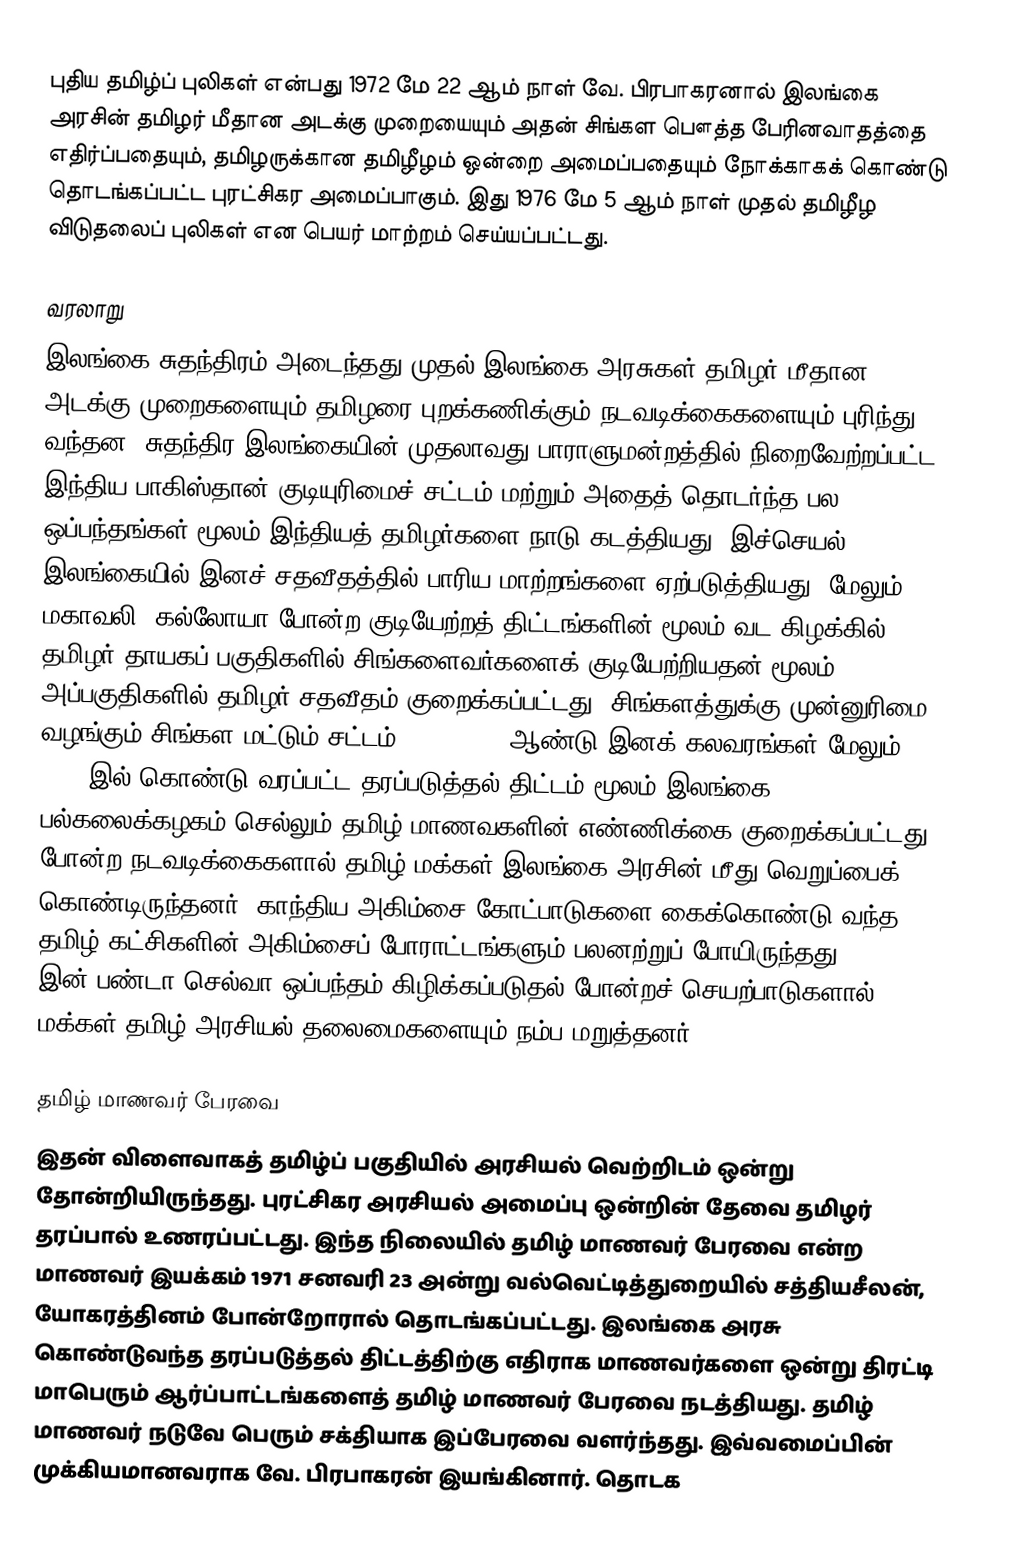
புதிய தமிழ்ப் புலிகள் என்பது 1972 மே 22 ஆம் நாள் வே. பிரபாகரனால் இலங்கை அரசின் தமிழர் மீதான அடக்கு முறையையும் அதன் சிங்கள பௌத்த பேரினவாதத்தை எதிர்ப்பதையும், தமிழருக்கான தமிழீழம் ஒன்றை அமைப்பதையும் நோக்காகக் கொண்டு தொடங்கப்பட்ட புரட்சிகர அமைப்பாகும். இது 1976 மே 5 ஆம் நாள் முதல் தமிழீழ விடுதலைப் புலிகள் என பெயர் மாற்றம் செய்யப்பட்டது.

வரலாறு
இலங்கை சுதந்திரம் அடைந்தது முதல் இலங்கை அரசுகள் தமிழர் மீதான அடக்கு முறைகளையும் தமிழரை புறக்கணிக்கும் நடவடிக்கைகளையும் புரிந்து வந்தன. சுதந்திர இலங்கையின் முதலாவது பாராளுமன்றத்தில் நிறைவேற்றப்பட்ட இந்திய பாகிஸ்தான் குடியுரிமைச் சட்டம் மற்றும் அதைத் தொடர்ந்த பல ஒப்பந்தங்கள் மூலம் இந்தியத் தமிழர்களை நாடு கடத்தியது. இச்செயல் இலங்கையில் இனச் சதவீதத்தில் பாரிய மாற்றங்களை ஏற்படுத்தியது. மேலும் மகாவலி, கல்லோயா போன்ற குடியேற்றத் திட்டங்களின் மூலம் வட கிழக்கில் தமிழர் தாயகப் பகுதிகளில் சிங்களைவர்களைக் குடியேற்றியதன் மூலம் அப்பகுதிகளில் தமிழர் சதவீதம் குறைக்கப்பட்டது. சிங்களத்துக்கு முன்னுரிமை வழங்கும்  சிங்கள மட்டும் சட்டம், 1956,1958 ஆண்டு இனக் கலவரங்கள் மேலும் 1970 இல்  கொண்டு வரப்பட்ட தரப்படுத்தல் திட்டம் மூலம் இலங்கை பல்கலைக்கழகம் செல்லும் தமிழ் மாணவகளின் எண்ணிக்கை குறைக்கப்பட்டது போன்ற நடவடிக்கைகளால் தமிழ் மக்கள் இலங்கை அரசின் மீது வெறுப்பைக் கொண்டிருந்தனர். காந்திய அகிம்சை கோட்பாடுகளை கைக்கொண்டு வந்த தமிழ் கட்சிகளின் அகிம்சைப் போராட்டங்களும் பலனற்றுப் போயிருந்தது. 1957 இன் பண்டா செல்வா ஒப்பந்தம் கிழிக்கப்படுதல் போன்றச் செயற்பாடுகளால் மக்கள் தமிழ் அரசியல் தலைமைகளையும் நம்ப மறுத்தனர்.

தமிழ் மாணவர் பேரவை
இதன் விளைவாகத் தமிழ்ப் பகுதியில் அரசியல் வெற்றிடம் ஒன்று தோன்றியிருந்தது. புரட்சிகர அரசியல் அமைப்பு ஒன்றின் தேவை தமிழர் தரப்பால் உணரப்பட்டது. இந்த நிலையில் தமிழ் மாணவர் பேரவை என்ற மாணவர் இயக்கம் 1971 சனவரி 23 அன்று வல்வெட்டித்துறையில் சத்தியசீலன், யோகரத்தினம் போன்றோரால் தொடங்கப்பட்டது. இலங்கை அரசு கொண்டுவந்த தரப்படுத்தல் திட்டத்திற்கு எதிராக மாணவர்களை ஒன்று திரட்டி மாபெரும் ஆர்ப்பாட்டங்களைத் தமிழ் மாணவர் பேரவை நடத்தியது. தமிழ் மாணவர் நடுவே பெரும் சக்தியாக இப்பேரவை வளர்ந்தது. இவ்வமைப்பின் முக்கியமானவராக வே. பிரபாகரன் இயங்கினார். தொடக